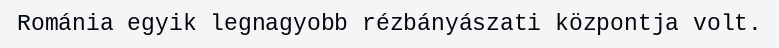
Románia egyik legnagyobb rézbányászati központja volt.